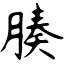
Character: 腠